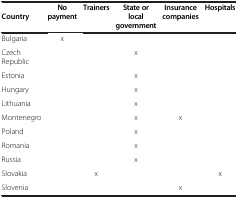
<table><thead><tr><td><b>Country</b></td><td><b>No payment</b></td><td><b>Trainers</b></td><td><b>State or local government</b></td><td><b>Insurance companies</b></td><td><b>Hospitals</b></td></tr></thead><tbody><tr><td>Bulgaria</td><td>x</td><td> </td><td> </td><td> </td><td> </td></tr><tr><td>Czech Republic</td><td> </td><td> </td><td>x</td><td> </td><td> </td></tr><tr><td>Estonia</td><td> </td><td> </td><td>x</td><td> </td><td> </td></tr><tr><td>Hungary</td><td> </td><td> </td><td>x</td><td> </td><td> </td></tr><tr><td>Lithuania</td><td> </td><td> </td><td>x</td><td> </td><td> </td></tr><tr><td>Montenegro</td><td> </td><td> </td><td>x</td><td>x</td><td> </td></tr><tr><td>Poland</td><td> </td><td> </td><td>x</td><td> </td><td> </td></tr><tr><td>Romania</td><td> </td><td> </td><td>x</td><td> </td><td> </td></tr><tr><td>Russia</td><td> </td><td> </td><td>x</td><td> </td><td> </td></tr><tr><td>Slovakia</td><td> </td><td>x</td><td> </td><td> </td><td>x</td></tr><tr><td>Slovenia</td><td> </td><td> </td><td> </td><td>x</td><td> </td></tr></tbody></table>